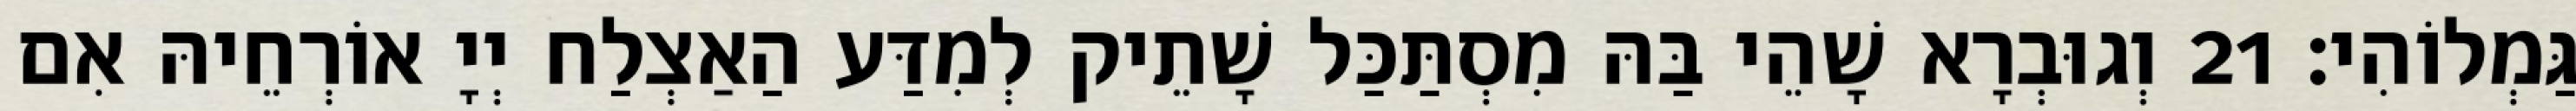
גַּמְלוֹהִי׃ 21 וְגוּבְרָא שָׁהֵי בַּהּ מִסְתַּכַּל שָׁתֵיק לְמִדַּע הַאַצְלַח יְיָ אוֹרְחֵיהּ אִם